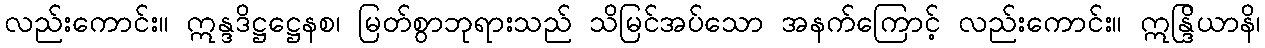
လည်းကောင်း။ ဣန္ဒဒိဋ္ဌဋ္ဌေနစ၊ မြတ်စွာဘုရားသည် သိမြင်အပ်သော အနက်ကြောင့် လည်းကောင်း။ ဣန္ဒြိယာနိ၊